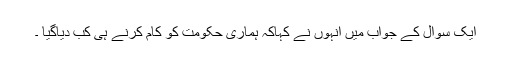
ایک سوال کے جواب میں انہوں نے کہاکہ ہماری حکومت کو کام کرنے ہی کب دیاگیا ۔